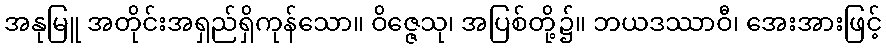
အနုမြူ အတိုင်းအရှည်ရှိကုန်သော။ ဝိဇ္ဇေသု၊ အပြစ်တို့၌။ ဘယဒဿာဝီ၊ အေးအားဖြင့်